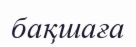
бақшаға